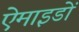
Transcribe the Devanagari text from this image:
ऐमाइडों